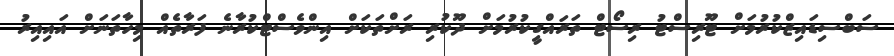
ސަބްސިޑައިޒްކުރުމަށް ޓޫރިސްޓު ރިސޯޓް ތަރައްގީކުރުމަށް ދޫކުރި ރަށްތަކަށް އިންވެސްޓްކުރާނެ ފަރާތެއް މިހާތަނަށް އައިއިރު